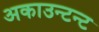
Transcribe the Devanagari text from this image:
अकाउन्टन्ट